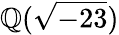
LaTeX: \mathbb{Q}({\sqrt{-23}})